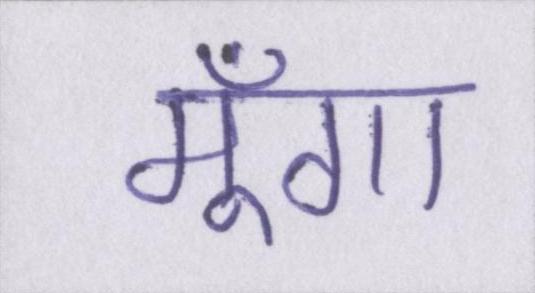
मूँगा